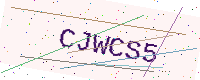
Text: CJWCS5